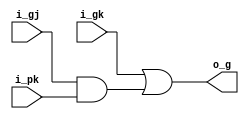
`timescale 1ns/1ps
`default_nettype none

module grey(
  input  wire i_gj,
  input  wire i_pk,
  input  wire i_gk,
  output wire o_g
);

assign o_g = i_gk | (i_gj & i_pk);

endmodule